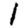
Digit: 1